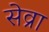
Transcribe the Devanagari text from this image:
सेव्रा